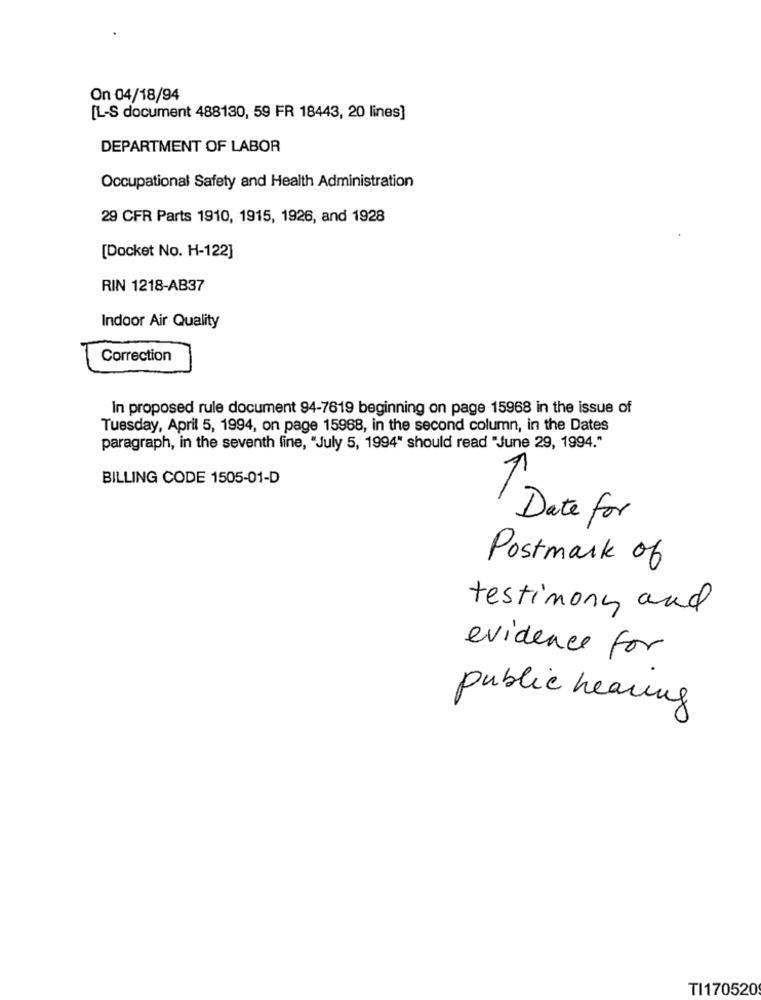
On 04/18/94
[L-S document 488130, 59 FR 18443, 20 lines]
DEPARTMENT OF LABOR
Occupational Safety and Health Administration
29 CFR Parts 1910, 1915, 1926, and 1928
[Docket No. H-122]
RIN 1218-AB37
Indoor Air Quality
Correction
In proposed rule document 94-7619 beginning on page 15968 in the issue of
Tuesday, April 5, 1994, on page 15968, in the second column, in the Dates
paragraph, in the seventh line, "July 5, 1994" should read "June 29, 1994."
BILLING CODE 1505-01-D
Date for
Postmark of
testimony and
evidence for
public hearing
TI170520